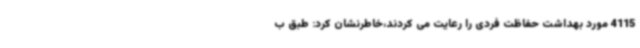
4115 مورد بهداشت حفاظت فردی را رعایت می کردند،خاطرنشان کرد: طبق ب